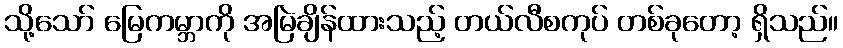
သို့သော် မြေကမ္ဘာကို အမြဲချိန်ထားသည့် တယ်လီစကုပ် တစ်ခုတော့ ရှိသည်။